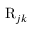
\mathrm { R } _ { j k }